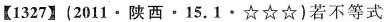
【1327】(2011\bullet 陕西\bullet 15.1\bullet \star \star \star )若不等式